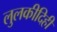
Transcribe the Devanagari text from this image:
लुलकीदिही